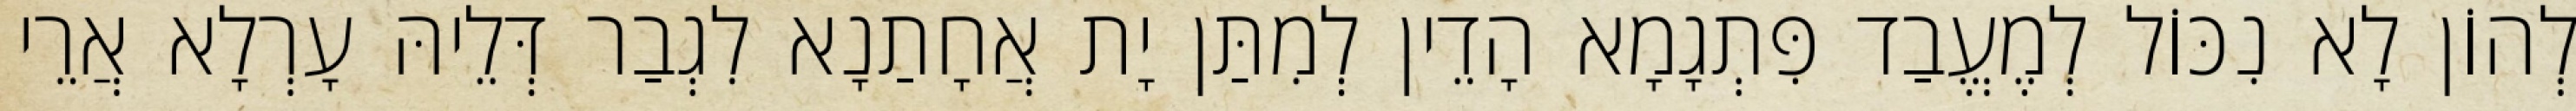
לְהוֹן לָא נִכּוֹל לְמֶעֱבַד פִּתְגָמָא הָדֵין לְמִתַּן יָת אֲחָתַנָא לִגְבַר דְּלֵיהּ עָרְלָא אֲרֵי